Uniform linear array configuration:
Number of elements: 32
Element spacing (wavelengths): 0.25
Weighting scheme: kaiser
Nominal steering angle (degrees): -30
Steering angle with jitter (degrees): -29.673
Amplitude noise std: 0.05
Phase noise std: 0.05

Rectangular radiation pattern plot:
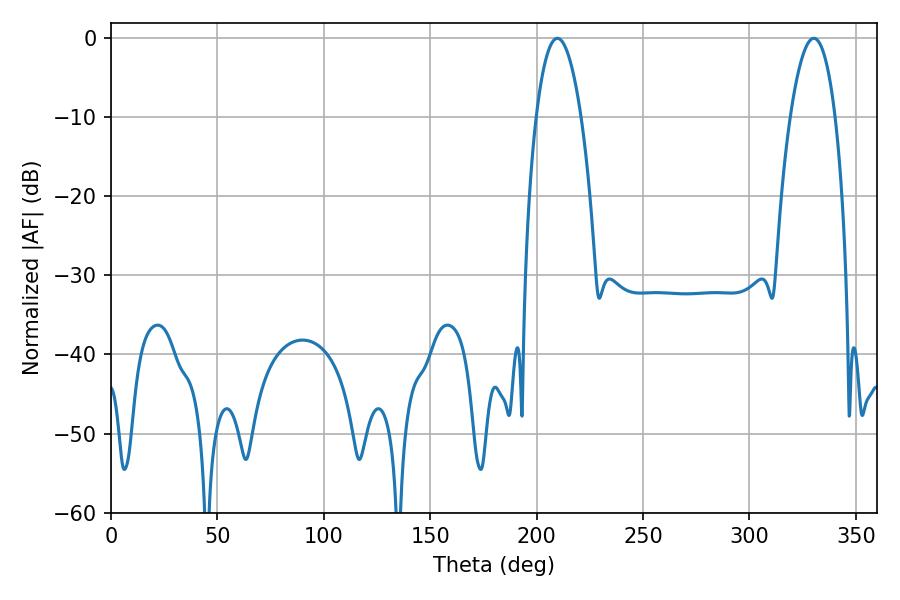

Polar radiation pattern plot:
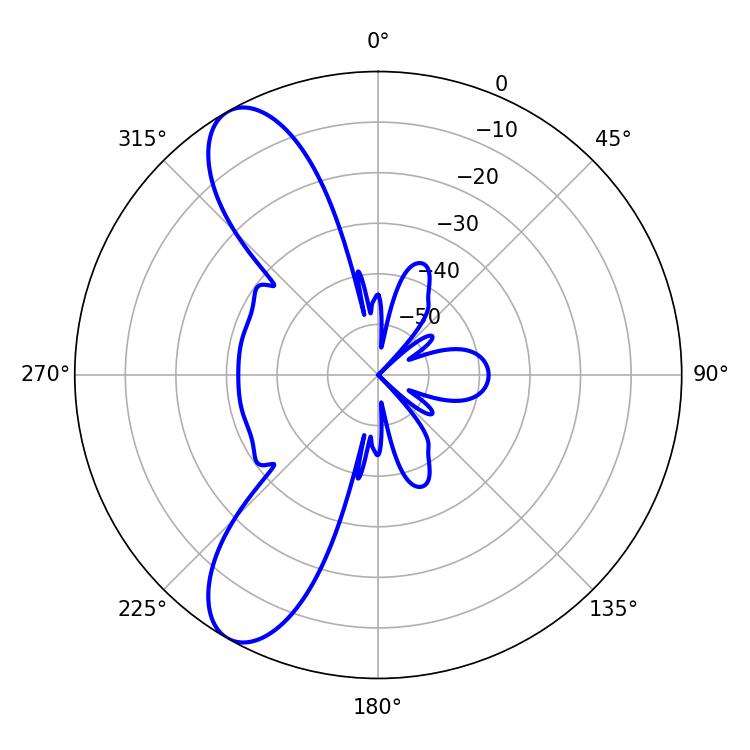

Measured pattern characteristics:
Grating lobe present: FALSE
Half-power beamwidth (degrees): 11.7
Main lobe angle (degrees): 209.7